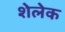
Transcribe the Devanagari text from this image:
शेलेक